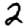
Digit: 2